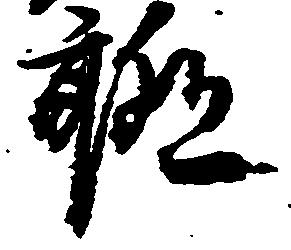
聊